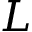
L